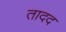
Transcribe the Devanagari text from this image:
तादद